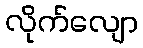
လိုက်လျော